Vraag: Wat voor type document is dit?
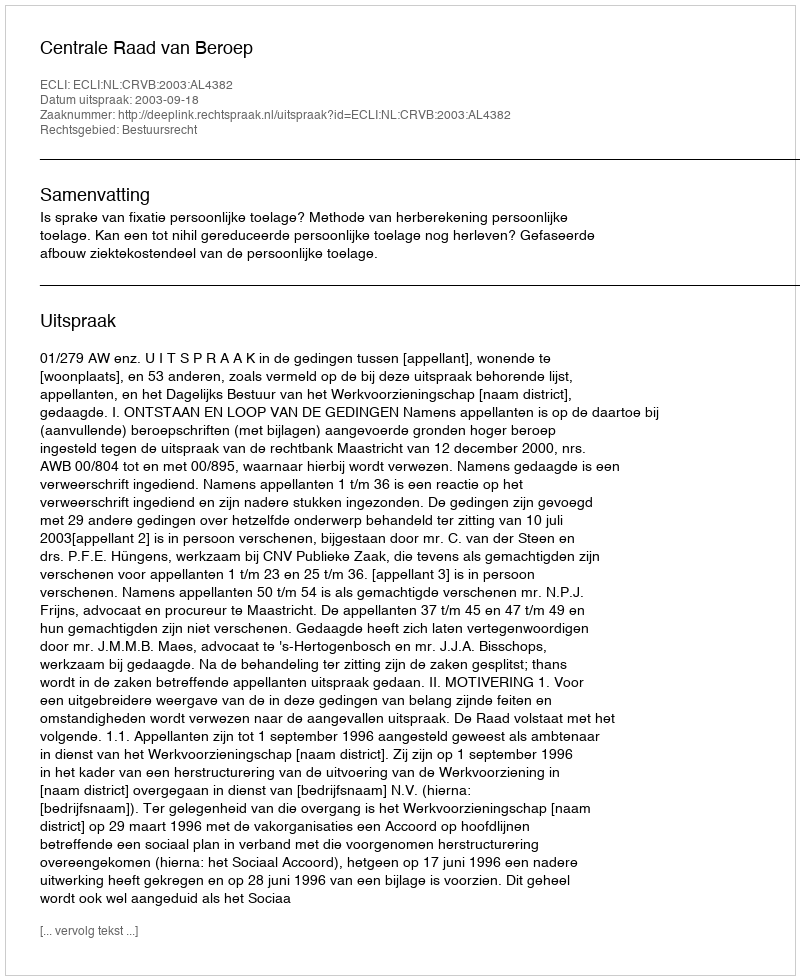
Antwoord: Uitspraak